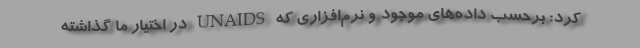
کرد: برحسب داده‌‌های موجود و نرم‌‌افزاری که UNAIDS در اختیار ما گذاشته